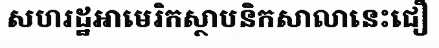
សហរដ្ឋអាមេរិកស្ថាបនិកសាលានេះជឿ